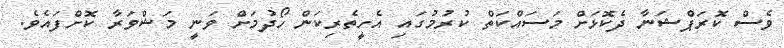
ވެސް ކޮރަޕްޝަނާ ދެކޮޅަށް މަސައްކަތް ކުރުމުގައި އެހީތެރިކަން ހޯދުމަށް ވަނީ މަޝްވަރާ ކޮށްފައެވެ.